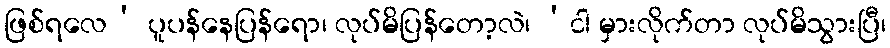
ဖြစ်ရလေ’ ပူပန်နေပြန်ရော၊ လုပ်မိပြန်တော့လဲ၊ ‘ငါ မှားလိုက်တာ လုပ်မိသွားပြီ၊